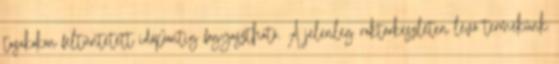
tasakokon feltüntetett időpontig fogyasztható. A jelenleg raktárkészleten lévő termékünk